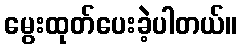
မွေးထုတ်ပေးခဲ့ပါတယ်။